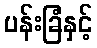
ပန်းခြံနှင့်